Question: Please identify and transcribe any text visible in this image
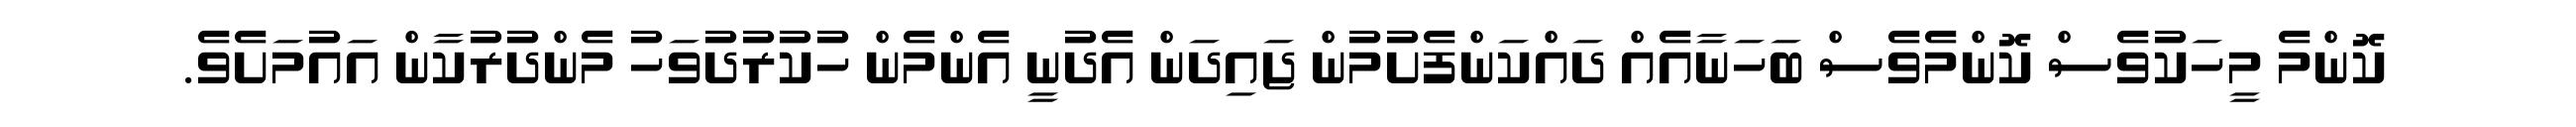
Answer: ކޮންމެ މީހަކުވެސް ކޮންމެވެސް ބަހަނާއެއް ދައްކަންފެށުމުން ޖައިދަން އެދުނީ އެންމެން ހުކުރުދުވަހު މެންދުރުކާން އައުމަށެވެ.